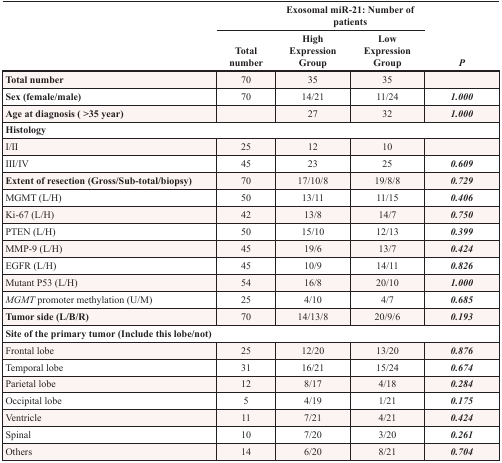
<table><thead><tr><td></td><td colspan="3"><b>Exosomal miR-21: Number of patients</b></td><td></td></tr><tr><td></td><td><b>Total number</b></td><td><b>High Expression Group</b></td><td><b>Low Expression Group</b></td><td><b><i>P</i></b></td></tr></thead><tbody><tr><td><b>Total number</b></td><td>70</td><td>35</td><td>35</td><td></td></tr><tr><td><b>Sex (female/male)</b></td><td>70</td><td>14/21</td><td>11/24</td><td><b><i>1.000</i></b></td></tr><tr><td><b>Age at diagnosis (&gt;35 year)</b></td><td></td><td>27</td><td>32</td><td><b><i>1.000</i></b></td></tr><tr><td><b>Histology</b></td><td></td><td></td><td></td><td></td></tr><tr><td>I/II</td><td>25</td><td>12</td><td>10</td><td></td></tr><tr><td>III/IV</td><td>45</td><td>23</td><td>25</td><td><b><i>0.609</i></b></td></tr><tr><td><b>Extent of resection (Gross/Sub-total/biopsy)</b></td><td>70</td><td>17/10/8</td><td>19/8/8</td><td><b><i>0.729</i></b></td></tr><tr><td>MGMT (L/H)</td><td>50</td><td>13/11</td><td>11/15</td><td><b><i>0.406</i></b></td></tr><tr><td>Ki-67 (L/H)</td><td>42</td><td>13/8</td><td>14/7</td><td><b><i>0.750</i></b></td></tr><tr><td>PTEN (L/H)</td><td>50</td><td>15/10</td><td>12/13</td><td><b><i>0.399</i></b></td></tr><tr><td>MMP-9 (L/H)</td><td>45</td><td>19/6</td><td>13/7</td><td><b><i>0.424</i></b></td></tr><tr><td>EGFR (L/H)</td><td>45</td><td>10/9</td><td>14/11</td><td><b><i>0.826</i></b></td></tr><tr><td>Mutant P53 (L/H)</td><td>54</td><td>16/8</td><td>20/10</td><td><b><i>1.000</i></b></td></tr><tr><td><i>MGMT</i> promoter methylation (U/M)</td><td>25</td><td>4/10</td><td>4/7</td><td><b><i>0.685</i></b></td></tr><tr><td><b>Tumor side (L/B/R)</b></td><td>70</td><td>14/13/8</td><td>20/9/6</td><td><b><i>0.193</i></b></td></tr><tr><td colspan="5"><b>Site of the primary tumor (Include this lobe/not)</b></td></tr><tr><td>Frontal lobe</td><td>25</td><td>12/20</td><td>13/20</td><td><b><i>0.876</i></b></td></tr><tr><td>Temporal lobe</td><td>31</td><td>16/21</td><td>15/24</td><td><b><i>0.674</i></b></td></tr><tr><td>Parietal lobe</td><td>12</td><td>8/17</td><td>4/18</td><td><b><i>0.284</i></b></td></tr><tr><td>Occipital lobe</td><td>5</td><td>4/19</td><td>1/21</td><td><b><i>0.175</i></b></td></tr><tr><td>Ventricle</td><td>11</td><td>7/21</td><td>4/21</td><td><b><i>0.424</i></b></td></tr><tr><td>Spinal</td><td>10</td><td>7/20</td><td>3/20</td><td><b><i>0.261</i></b></td></tr><tr><td>Others</td><td>14</td><td>6/20</td><td>8/21</td><td><b><i>0.704</i></b></td></tr></tbody></table>